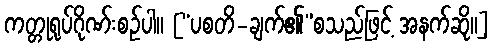
ကတ္တုရုပ်ဂိုဏ်းစဉ်ပါ။ [“ပစတိ-ချက်၏”စသည်ဖြင့် အနက်ဆို။]